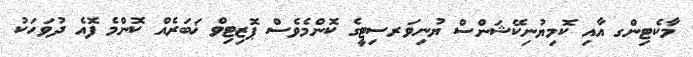
މާކެޓިންގ އާއި ކޮމިޔުނިކޭޝަންސް ޔުނިވަރސިޓީގެ ކޮންމެވެސް ޕޮޒިޓިވް ޚަބަރެއް ކޮންމެ ފޮއެ ދުވަހަކު